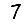
Digit: 7